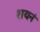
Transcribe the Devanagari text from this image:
शयनं